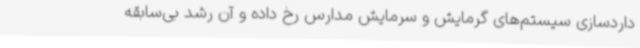
داردسازی سیستم‌های گرمایش و سرمایش مدارس رخ داده و آن رشد بی‌سابقه